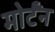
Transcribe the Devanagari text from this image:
मोर्टॅन